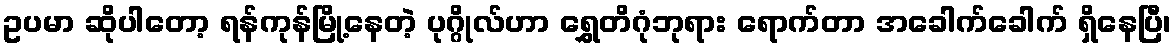
ဥပမာ ဆိုပါတော့ ရန်ကုန်မြို့နေတဲ့ ပုဂ္ဂိုလ်ဟာ ရွှေတိဂုံဘုရား ရောက်တာ အခေါက်ခေါက် ရှိနေပြီ၊